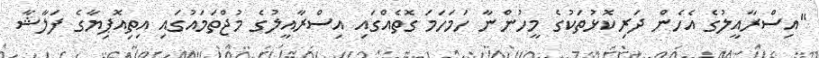
"އިސްރާއީލުގެ އެހެން ދަރިކޮޅުތަކުގެ މީހުންނާ ހަމަހަމަ ގޮތެއްގައި އިސްރާއީލުގެ މުޖްތަމައުގައި އިތިއޮޕިޔާގެ ފަލާޝާ